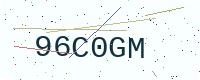
Text: 96C0GM